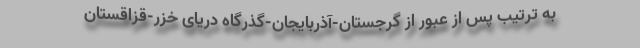
به ترتیب پس از عبور از گرجستان-آذربایجان-گذرگاه دریای خزر-قزاقستان